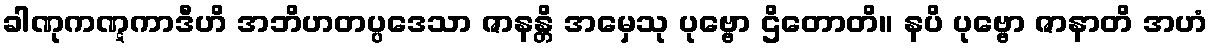
ခါဏုကဏ္ဋကာဒီဟိ အဘိဟတပ္ပဒေသာ ဇာနန္တိ အမှေသု ပုဗ္ဗော ဌိတောတိ။ နပိ ပုဗ္ဗော ဇာနာတိ အဟံ